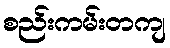
စည်းကမ်းတကျ